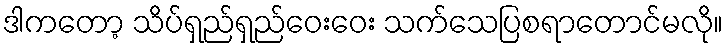
ဒါကတော့ သိပ်ရှည်ရှည်ဝေးဝေး သက်သေပြစရာတောင်မလို။